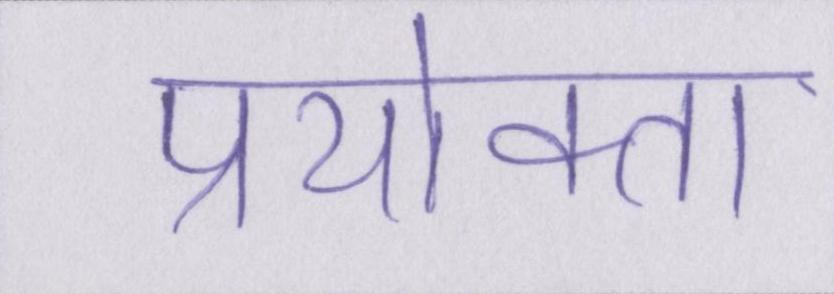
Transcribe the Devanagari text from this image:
प्रयोक्ता